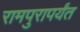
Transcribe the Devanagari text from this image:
रामपुरापर्यंत